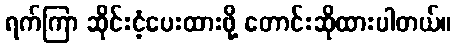
ရက်ကြာ ဆိုင်းငံ့ပေးထားဖို့ တောင်းဆိုထားပါတယ်။